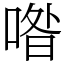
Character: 喒